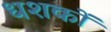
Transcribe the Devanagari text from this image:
धशकों